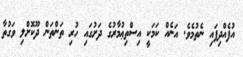
އުފެއްދިފައި ނެތުމެވެ. އަނެއް ކަމަކީ އިސްތިޢުމާރުގެ ދަށުގައި ހުރި ތަންތަން ދޫކޮށްލި ވަގުތާ